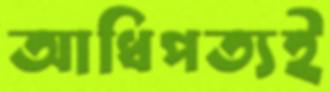
আধিপত্যই